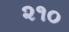
૨૧૦